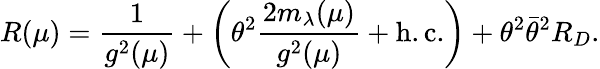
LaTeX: R(\mu)=\frac{1}{g^{2}(\mu)}+\left(\theta^{2}\frac{2m_{\lambda}(\mu)}{g^{2}(\mu)}+\mathrm{h.c.}\right)+\theta^{2}\bar{\theta}^{2}R_{D}.